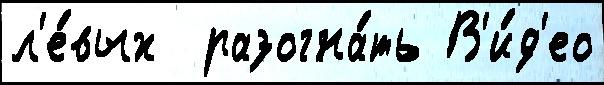
л'е́вых  разогна́ть В'и́д'ео